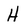
Character: H